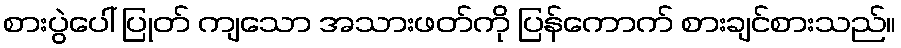
စားပွဲပေါ် ပြုတ် ကျသော အသားဖတ်ကို ပြန်ကောက် စားချင်စားသည်။